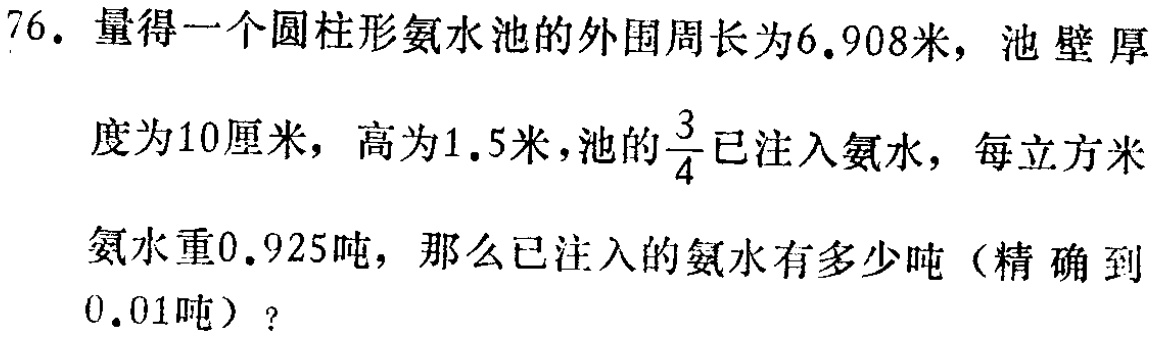
76. 量得一个圆柱形氨水池的外围周长为6.908米，池壁厚度为10厘米，高为1.5米，池的$\frac{3}{4}$已注入氨水，每立方米氨水重0.925吨，那么已注入的氨水有多少吨（精确到0.01吨）？